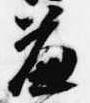
簾